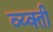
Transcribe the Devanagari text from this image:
व्य्क्ती